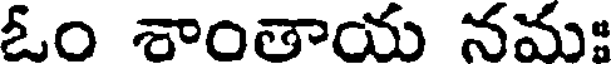
ఓం శాంతాయ నమః